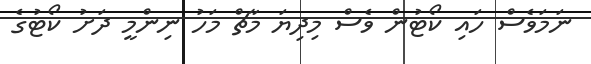
ނަމަވެސް ހައި ކޯޓުން ވެސް މިދިޔަ މާޗް މަހު ނިންމީ ދަށު ކޯޓުގެ